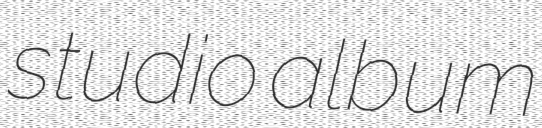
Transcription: studio album